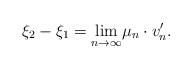
LaTeX: \begin{gather*} \xi_2 - \xi_1 = \underset{n\to\infty}{\lim} \mu_n\cdot v'_n. \end{gather*}